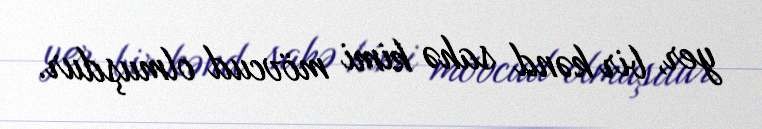
yer, bir kənd sahə kimi mövcud olmuşdur.